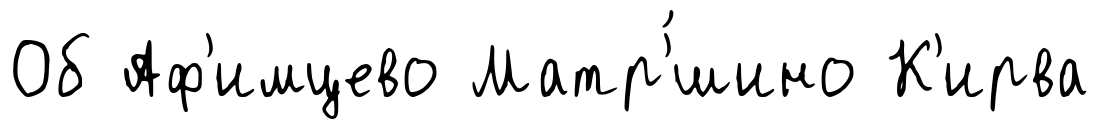
Об Аф'имцево Матр'́шино К'ирва